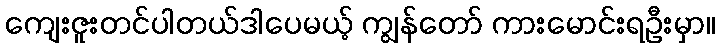
ကျေးဇူးတင်ပါတယ်ဒါပေမယ့် ကျွန်တော် ကားမောင်းရဦးမှာ။